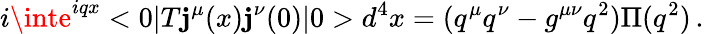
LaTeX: i\inte^{iqx}<0|T\mathbf{j}^{\mu}(x)\mathbf{j}^{\nu}(0)|0>d^{4}x=(q^{\mu}q^{\nu}-g^{\mu\nu}q^{2})\Pi(q^{2})\, .